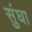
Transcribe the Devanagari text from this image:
सुंघा